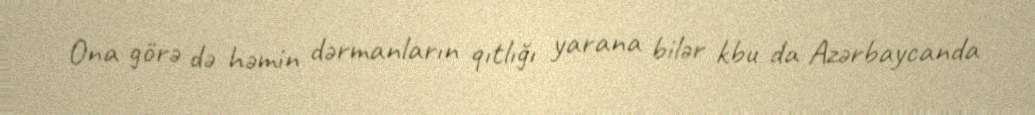
Ona görə də həmin dərmanların qıtlığı yarana bilər kbu da Azərbaycanda